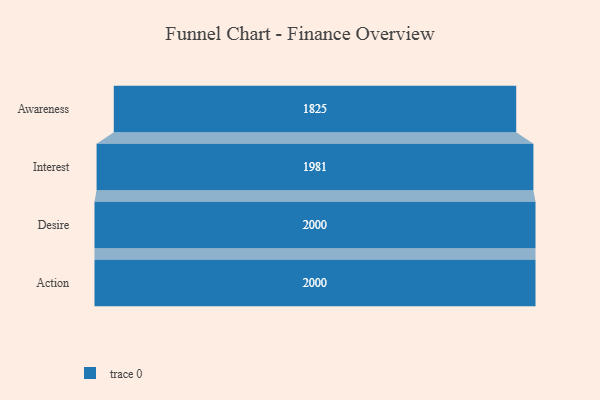
{"axis": {"x": "Stage", "y": "Value"}, "legend": [""], "data": [{"x": "Awareness", "y": 1825.0, "type": ""}, {"x": "Interest", "y": 1981.0, "type": ""}, {"x": "Desire", "y": 2000, "type": ""}, {"x": "Action", "y": 2000, "type": ""}]}